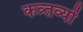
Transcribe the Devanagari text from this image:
कत्र्तव्यों